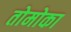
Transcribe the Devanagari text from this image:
तोमोका